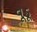
વૂડૂ